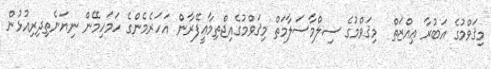
މިޤަވްމުގެ އަބުރާ ޢިއްޒަތް  މިޤަވްމުގެ ސިލްމާސަލާމަތް މިޤަވްމުގެއިޖްތިމާޢީފޭރާން އަހަރެމެންގެ ހަމަހިމޭން ނިޔަނެތިދިރިއުޅުން